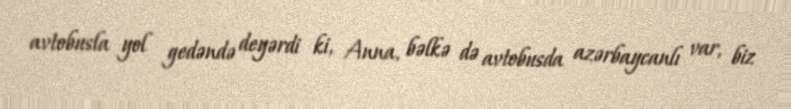
avtobusla yol gedəndə deyərdi ki, Anna, bəlkə də avtobusda azərbaycanlı var, biz